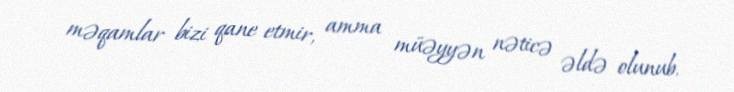
məqamlar bizi qane etmir, amma müəyyən nəticə əldə olunub.